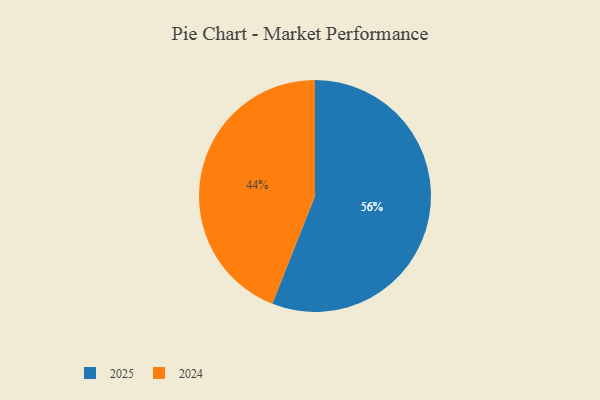
{"axis": {"x": "Category", "y": "Percentage"}, "legend": ["2024", "2025"], "data": [{"x": "2025", "y": 56, "type": "2025"}, {"x": "2024", "y": 44, "type": "2024"}]}